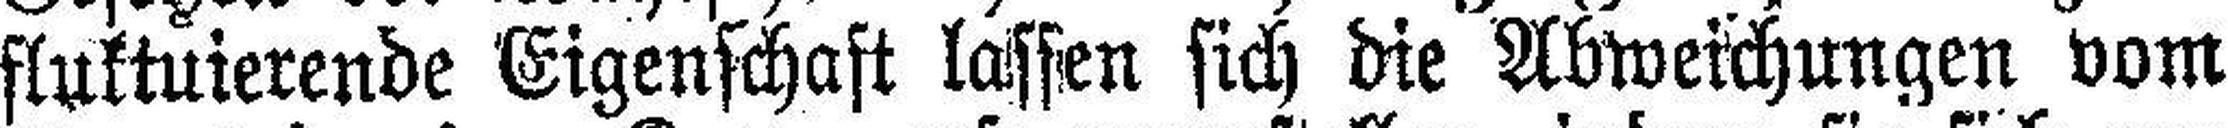
fluktuierende Eigenschaft lassen sich die Abweichungen vom